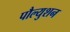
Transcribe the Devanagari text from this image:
पौल्युशन